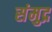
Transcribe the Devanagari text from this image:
संमुद्र